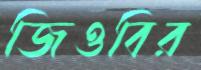
জিওবির